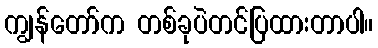
ကျွန်တော်က တစ်ခုပဲတင်ပြထားတာပါ။